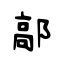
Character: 鄗